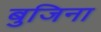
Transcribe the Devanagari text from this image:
बुजिना